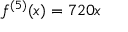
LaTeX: f ^ { ( 5 ) } ( x ) = 7 2 0 x